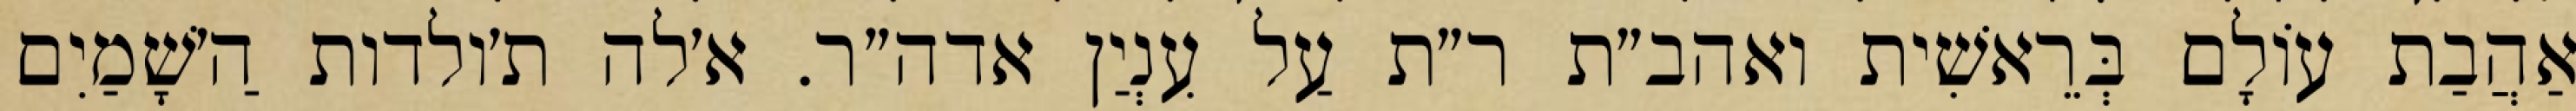
אַהֲבַת עוֹלָם בְּרֵאשִׁית ואהב״ת ר״ת עַל עִנְיַן אדה״ר. א׳לה ת׳ולדות הַ׳שָׁמַיִם